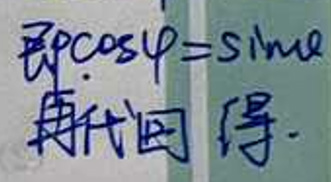
即$\rho\cos\varphi=\sin\varphi$\\
再代回得.